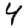
Digit: 4